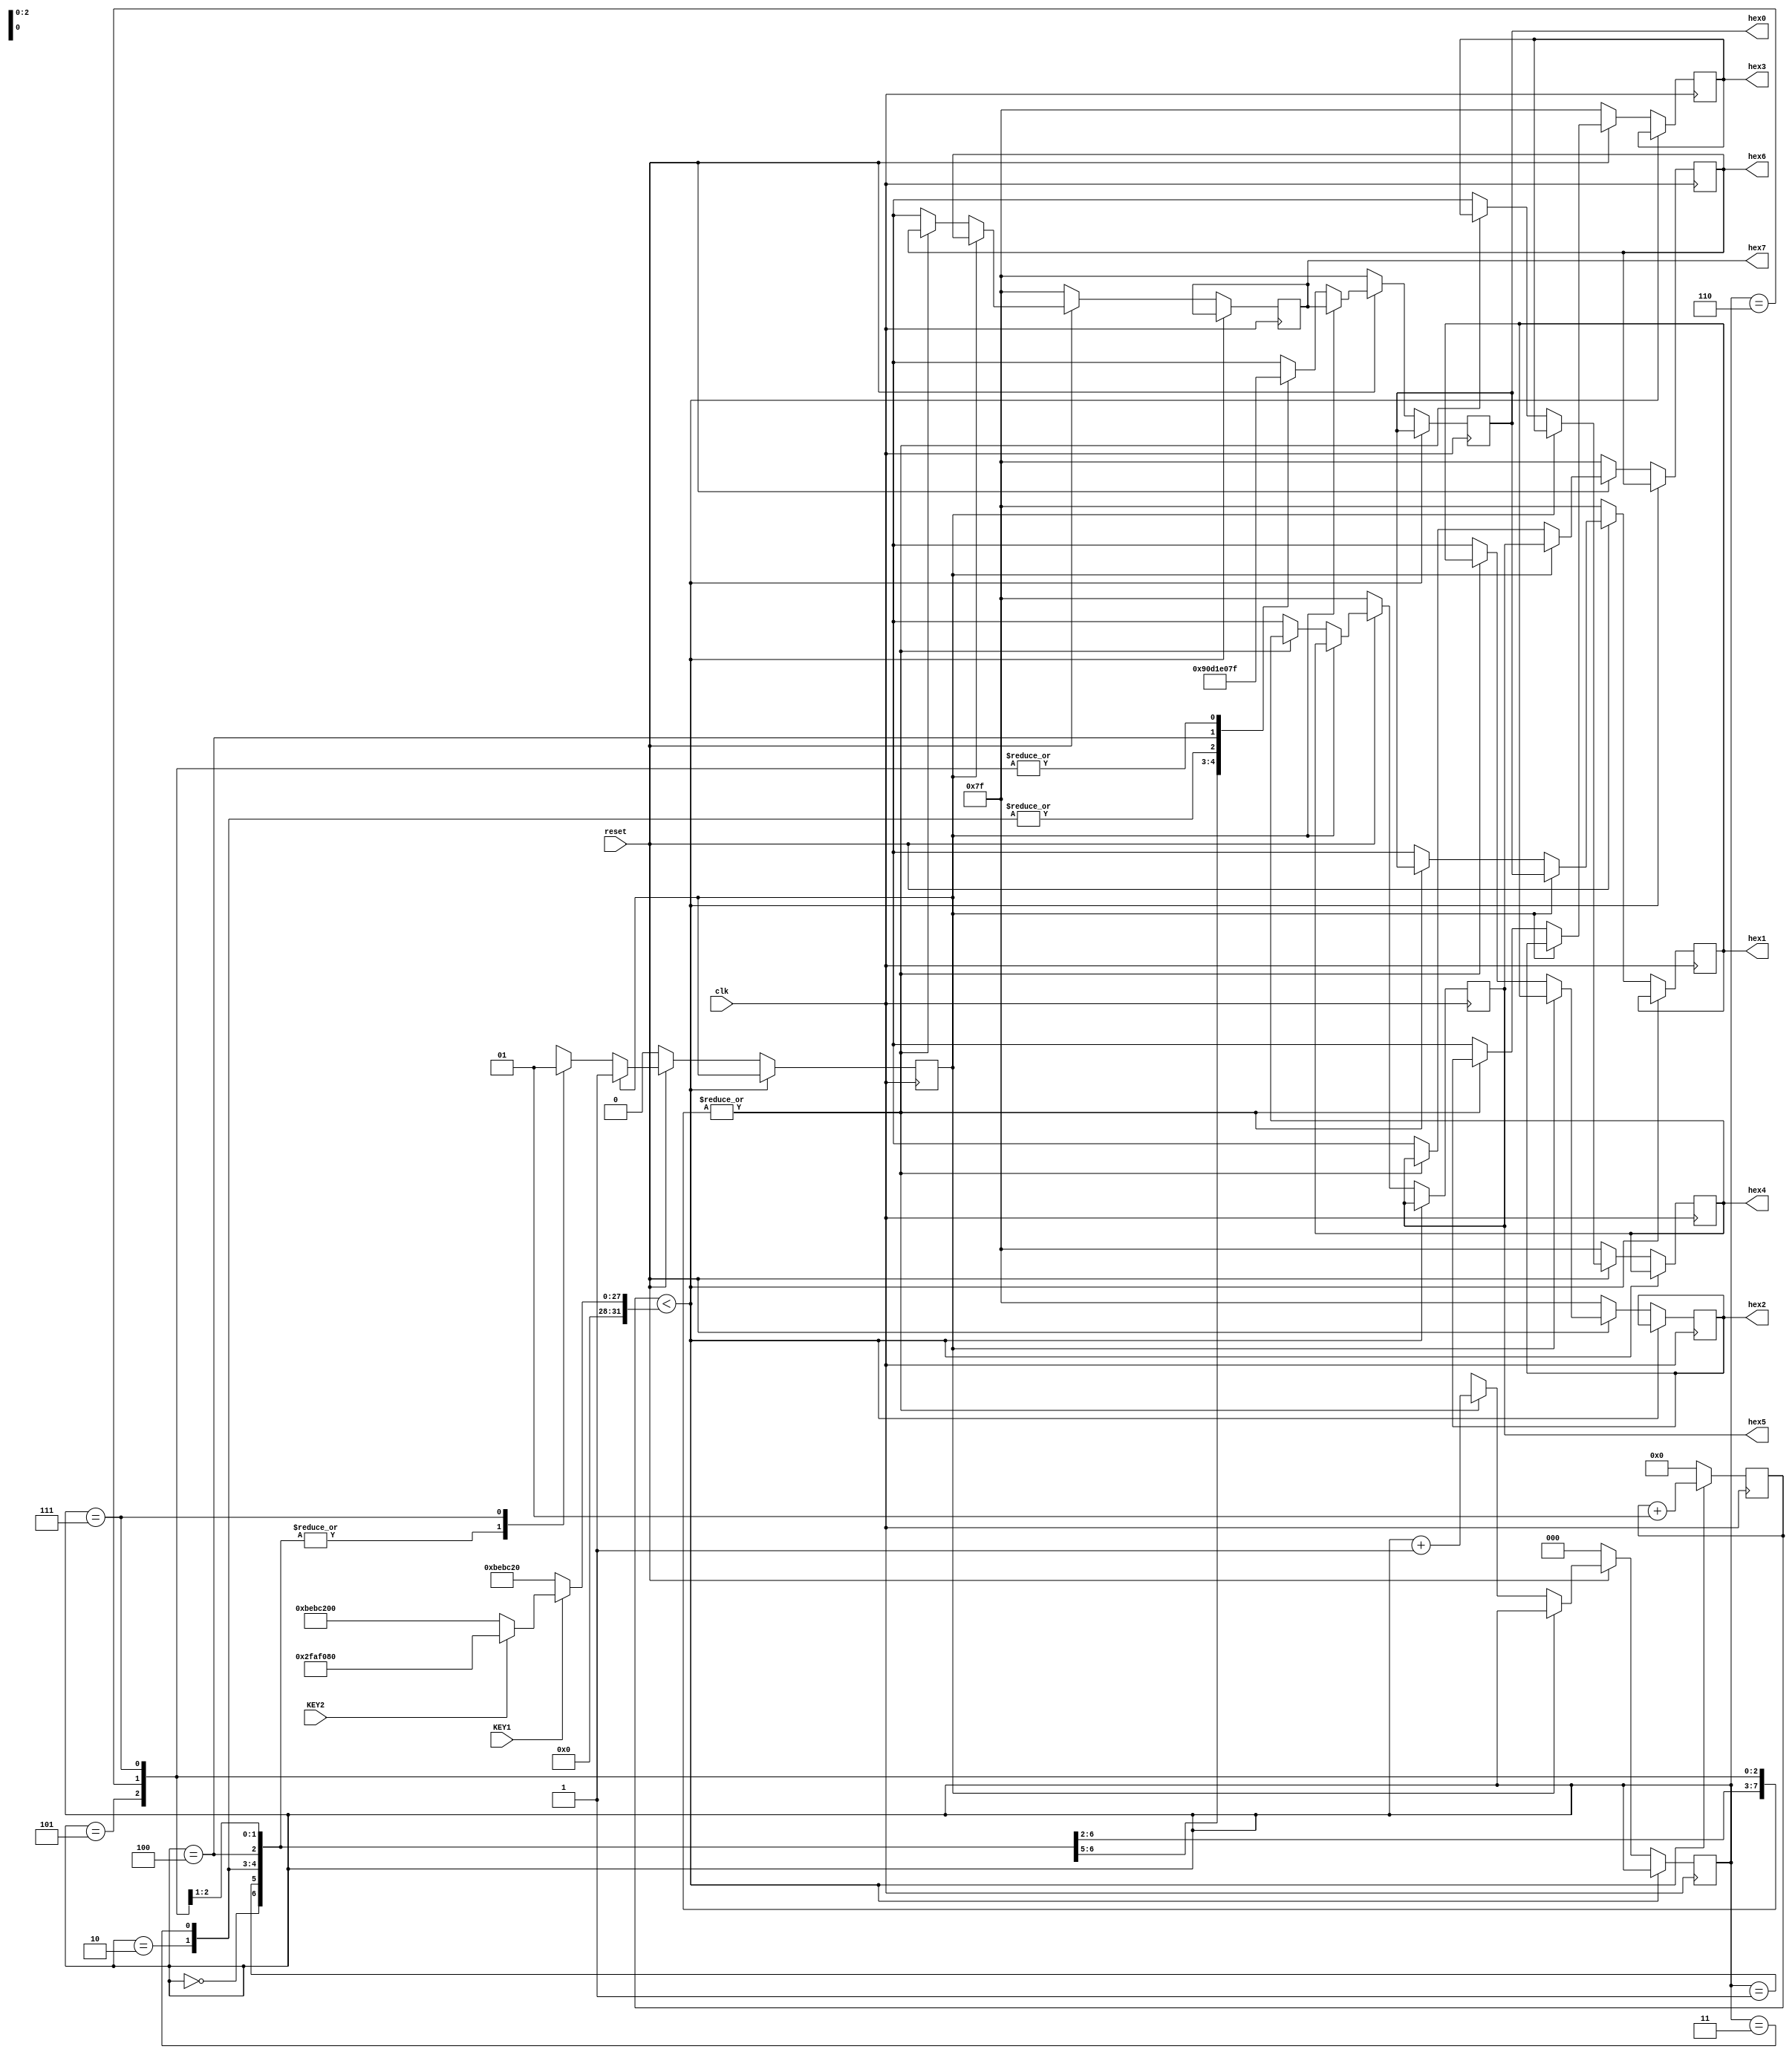
module part6(hex7,hex6,hex5,hex4,hex3,
           hex2,hex1,hex0,clk,reset,KEY1,KEY2);
output reg [6:0] hex7,hex6,hex5,hex4,hex3,hex2,hex1,hex0;
input clk,reset,KEY1,KEY2;
reg [2:0] state;
reg  on_off;
integer count;
integer count_dif;


always @(posedge clk ) 
begin//KEY1:clk=12500000 KEY2:clk=200000000

if(KEY1==0)begin count_dif=12500000 ;end
else if(KEY2==0)begin count_dif=200000000 ;end
else begin count_dif=50000000 ;end

if(count<count_dif)
  count=count+1;
else 
begin 
	begin 
		if(reset==0)
			begin hex7<=7'b1111111;
					hex6<=7'b1111111;
					hex5<=7'b1111111;
					hex4<=7'b1111111;
					hex3<=7'b1111111;
					hex2<=7'b1111111;
					hex1<=7'b1111111;
					hex0<=7'b1111111;
					state<=3'b000;
					on_off=1'b0;
			end
		else 
			begin 
	     //solve the first problem
				if(on_off==0)//at the beginning,set the register
					begin  
					case(state)
					3'd0:begin hex0<=7'b0001001;hex1<=hex0;hex2<=hex1;hex3<=hex2;
					hex4<=hex3;hex5<=hex4;hex6<=hex5;hex7<=hex6;state=state+1;end //H
					3'd1:begin hex0<=7'b0000110;hex1<=hex0;hex2<=hex1;hex3<=hex2;
					hex4<=hex3;hex5<=hex4;hex6<=hex5;hex7<=hex6;state=state+1;end  //E
					3'd2:begin hex0<=7'b1000111;hex1<=hex0;hex2<=hex1;hex3<=hex2;
					hex4<=hex3;hex5<=hex4;hex6<=hex5;hex7<=hex6;state=state+1;end  //L
					3'd3:begin hex0<=7'b1000111;hex1<=hex0;hex2<=hex1;hex3<=hex2;
					hex4<=hex3;hex5<=hex4;hex6<=hex5;hex7<=hex6;state=state+1;end  //L
					3'd4:begin hex0<=7'b1000000;hex1<=hex0;hex2<=hex1;hex3<=hex2;
					hex4<=hex3;hex5<=hex4;hex6<=hex5;hex7<=hex6;state=state+1;end   //O
					3'd5:begin hex0<=7'b1111111;hex1<=hex0;hex2<=hex1;hex3<=hex2;
					hex4<=hex3;hex5<=hex4;hex6<=hex5;hex7<=hex6;state=state+1;end
					3'd6:begin hex0<=7'b1111111;hex1<=hex0;hex2<=hex1;hex3<=hex2;
					hex4<=hex3;hex5<=hex4;hex6<=hex5;hex7<=hex6;state=state+1;end
					3'd7:begin hex0<=7'b1111111;hex1<=hex0;hex2<=hex1;hex3<=hex2;
					hex4<=hex3;hex5<=hex4;hex6<=hex5;hex7<=hex6;state=state+1; on_off=1'b1;end
					endcase 
					end
				else
					begin hex0<=hex7;hex1<=hex0;hex2<=hex1;hex3<=hex2;
		       hex4<=hex3;hex5<=hex4;hex6<=hex5;hex7<=hex6;
					end
			end 
	end 
	count=0;
end
end
endmodule